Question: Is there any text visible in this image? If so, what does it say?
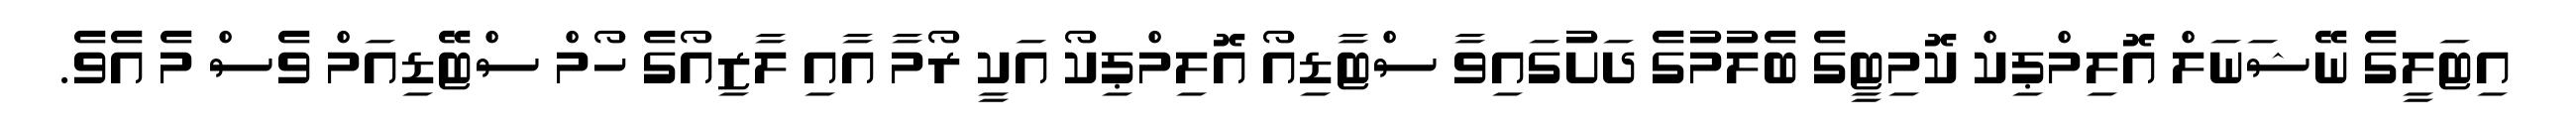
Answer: އިޓަލީގެ ނޭޝަނަލް އޮލިމްޕިކް ކޮމިޓީގެ ބެލުމުގެ ދަށުގައިވާ ސްޓާޑިއޯ އޮލިމްޕިކޯ އަކީ ރޯމާ އާއި ލާޒިއޯގެ ހޯމް ސްޓޭޑިއަމް ވެސް މެ އެވެ.